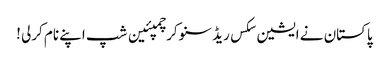
پاکستان نے ایشین سکس ریڈ سنوکر چمپئین شپ اپنے نام کرلی !